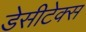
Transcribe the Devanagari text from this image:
डेसीटेक्स